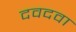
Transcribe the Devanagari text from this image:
दवदवा